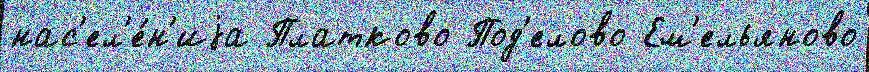
нас'ел'е́н'иjа Платково Под'елово Ем'ельяново